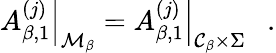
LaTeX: \left.A_{\beta,1}^{(j)}\right|_{{\cal M}_{\beta}}=\left.A_{\beta,1}^{(j)}\right|_{{\cal C}_{\beta}\times\Sigma}~~~.